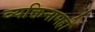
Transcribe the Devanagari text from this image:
व्यक्तिनामही